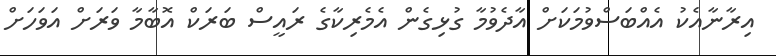
އިރާނާއެކު އެއްބަސްވުމަކަށް އާދެވުމާ ގުޅިގެން އެމެރިކާގެ ރައީސް ބަރަކް އޮބާމާ ވަރަށް އަވަހަށް